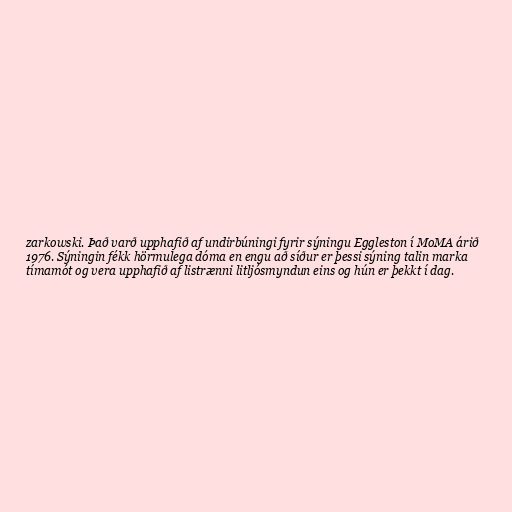
zarkowski. Það varð upphafið af undirbúningi fyrir sýningu Eggleston í MoMA árið
1976. Sýningin fékk hörmulega dóma en engu að síður er þessi sýning talin marka
tímamót og vera upphafið af listrænni litljósmyndun eins og hún er þekkt í dag.